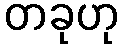
တခုဟု